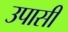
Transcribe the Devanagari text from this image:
उपासी